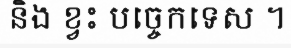
និង ខ្វះ បច្ចេកទេស ។